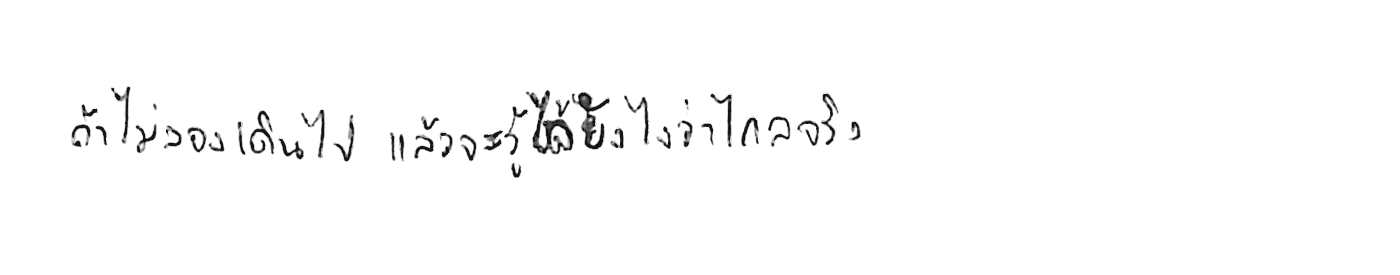
ถ้าไม่ลองเดินไป แล้วจะรู้ได้ยังไงว่าไกลจริง